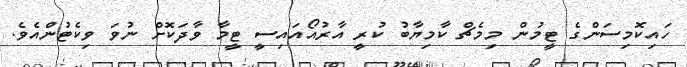
ހައިކޮމިސަންގެ ޓީމުން މިމެޗް ކާމިޔާބު ކުރީ އާރުއޯއައިސީ ޓީމާ ވާދަކޮށް ނުވަ ވިކެޓުންއެވެ.